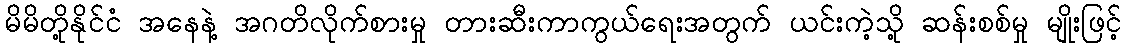
မိမိတို့နိုင်ငံ အနေနဲ့ အဂတိလိုက်စားမှု တားဆီးကာကွယ်ရေးအတွက် ယင်းကဲ့သို့ ဆန်းစစ်မှု မျိုးဖြင့်